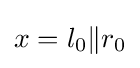
x=l_{0}\|r_{0}